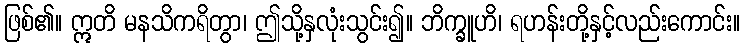
ဖြစ်၏။ ဣတိ မနသိကရိတွာ၊ ဤသို့နှလုံးသွင်း၍။ ဘိက္ခူဟိ၊ ရဟန်းတို့နှင့်လည်းကောင်း။